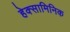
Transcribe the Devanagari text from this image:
हेक्सामिनिक